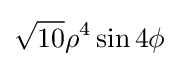
{\sqrt {10}}\rho ^{4}\sin 4\phi